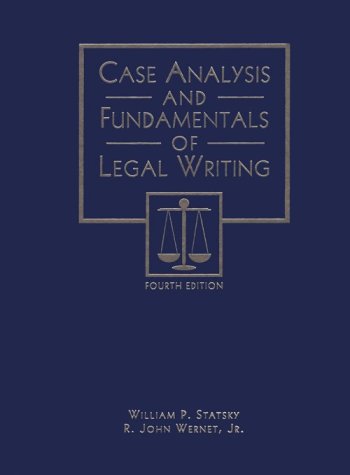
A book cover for Case Analysis and Fundamentals of Legal Writing; William P. Statsky; Law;